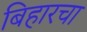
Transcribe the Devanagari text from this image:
बिहारचा